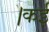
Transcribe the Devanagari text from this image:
।कई